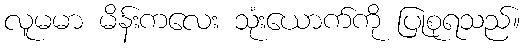
လူမမာ မိန်းကလေး သုံးယောက်ကို ပြုစုရသည်။